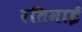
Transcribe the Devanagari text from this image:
रतिमाई